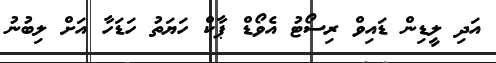
އަދި ލީޑިން ޑައިވް ރިސޯޓު އެވޯޑް ޕާކް ހަޔަތު ހަޑަހާ އަށް ލިބުނު